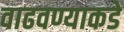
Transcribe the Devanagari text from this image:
वाढवण्याकडे